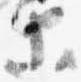
等